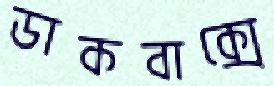
ডাকবাক্সে